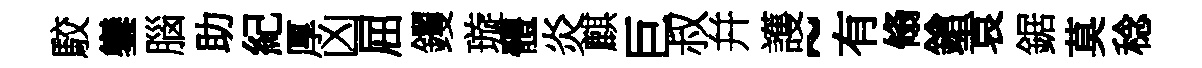
駮鑾腦助紀厚凶屈钁璇體炎麒巨叔幷護~有翛鎗袁鋸莫稔